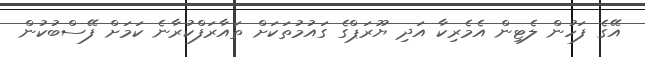
އޭގެ ފަހުން ލެޓިން އެމެރިކާ އަދި ޔޫރަޕްގެ ގައުމުތަކަށް ތައާރަފްކުރާނެ ކަމަށް ފޭސްބުކުން